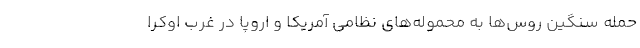
حمله سنگین روس‌ها به محموله‌های نظامی آمریکا و اروپا در غرب اوکرا